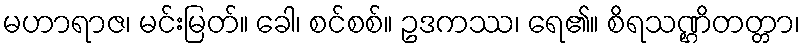
မဟာရာဇ၊ မင်းမြတ်။ ခေါ၊ စင်စစ်။ ဥဒကဿ၊ ရေ၏။ စိရသဏ္ဌိတတ္တာ၊